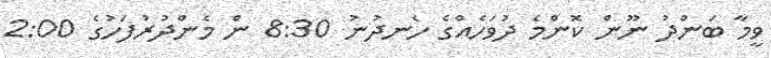
ވީމާ ބަންދު ނޫން ކޮންމެ ދުވަހެއްގެ ހެނދުނު 8:30 ން މެންދުރުފަހުގެ 2:00